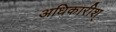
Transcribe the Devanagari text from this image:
अधिकारीश्